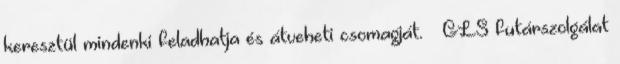
keresztül mindenki feladhatja és átveheti csomagját. » GLS futárszolgálat